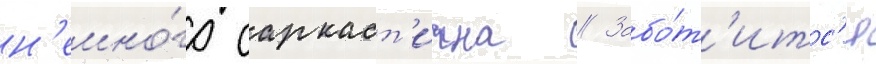
н'емно́го саркаст'ична // Забо́т'итс'я